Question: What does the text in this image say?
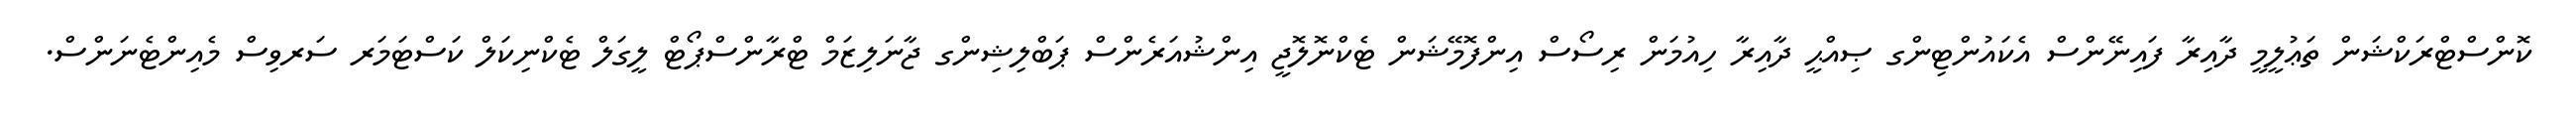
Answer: ކޮންސްޓްރަކްޝަން ތަޢުލީމީ ދާއިރާ ފައިނޭންސް އެކައުންޓިންގ ޞިއްޙީ ދާއިރާ ހިއުމަން ރިސޯސް އިންފޮމޭޝަން ޓެކްނޮލޮޖީ އިންޝުއަރެންސް ޕަބްލިޝިންގ ޖާނަލިޒަމް ޓްރާންސްޕޯޓް ލީގަލް ޓެކްނިކަލް ކަސްޓަމަރ ސަރވިސް މެއިންޓެނަންސް.